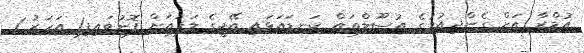
އުމްރާ އަށް ގެންދިއުމުގެ އުސޫލްތައް ކަނޑައަޅައި އޭޖީގެ ލަފައަށް ފޮނުވައިފި1 އަހަރު 1